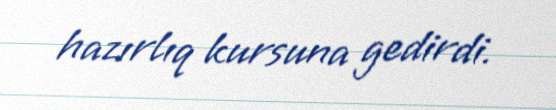
hazırlıq kursuna gedirdi.